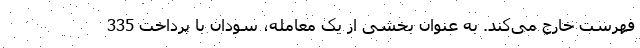
فهرست خارج می‌کند. به عنوان بخشی از یک معامله، سودان با پرداخت 335